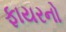
ફાયરનો